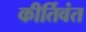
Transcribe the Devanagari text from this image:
कीर्तिवंत